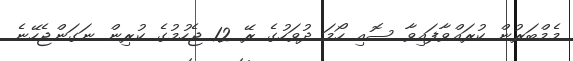
މެމްބަރުން ކުރައްވާފައިވާ ސޮއި ހޯމަ ދުވަހުގެ ރޭ 12 ޖެހުމުގެ ކުރިން ނަގަންޖެހޭނެ